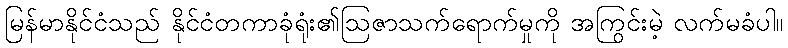
မြန်မာနိုင်ငံသည် နိုင်ငံတကာခုံရုံး၏ဩဇာသက်ရောက်မှုကို အကြွင်းမဲ့ လက်မခံပါ။